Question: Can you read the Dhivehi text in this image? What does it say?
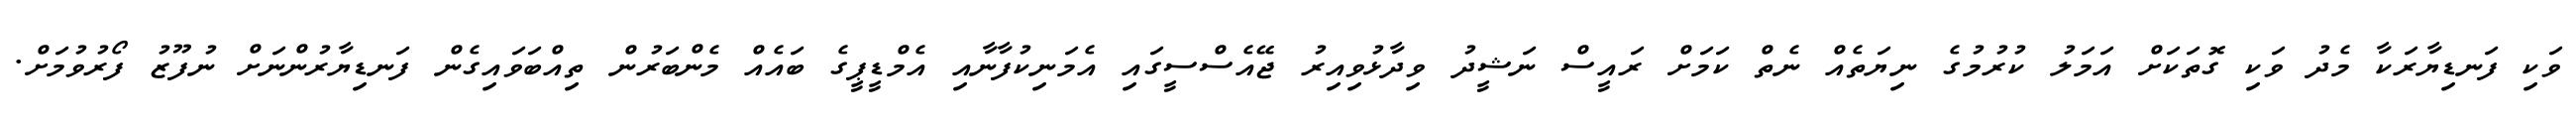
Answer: ވަކި ފަނޑިޔާރަކާ މެދު ވަކި ގޮތަކަށް އަމަލު ކުރުމުގެ ނިޔަތެއް ނެތް ކަމަށް ރައީސް ނަޝީދު ވިދާޅުވިއިރު ޖޭއެސްސީގައި އެމަނިކުފާނާއި އެމްޑީޕީގެ ބައެއް މެންބަރުން ތިއްބަވައިގެން ފަނޑިޔާރުންނަށް ނުފޫޒު ފޯރުވުމަށް.